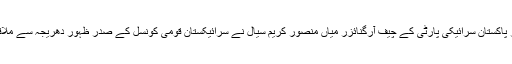
ان خیالات کا اظہار پاکستان سرائیکی پارٹی کے چیف آرگنائزر میاں منصور کریم سیال نے سرائیکستان قومی کونسل کے صدر ظہور دھریجہ سے ملاقات کے دوران کیا۔